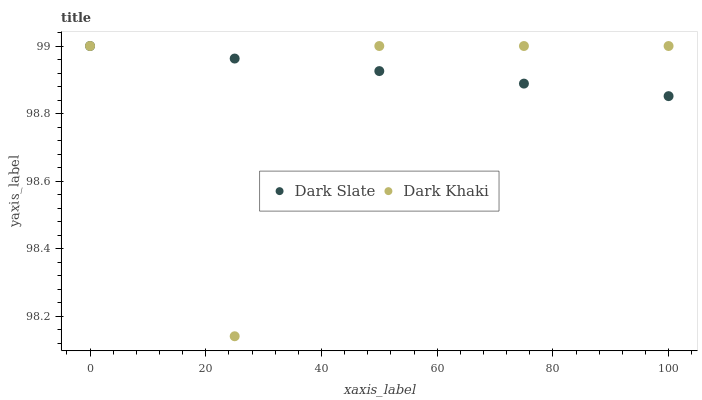
| xaxis_label | Dark Slate | Dark Khaki |
 | --- | --- | --- |
 | 0 | 99 | 99 |
 | 25 | 99 | 98.1 |
 | 50 | 98.9 | 99 |
 | 75 | 98.9 | 99 |
 | 100 | 98.9 | 99 |